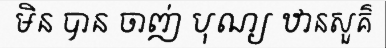
មិន បាន ចាញ់ បុណ្យ ឋានសួគ៌